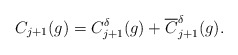
\begin{align*} C_{j+1}(g)=C_{j+1}^\delta(g)+\overline{C}_{j+1}^\delta(g).\end{align*}